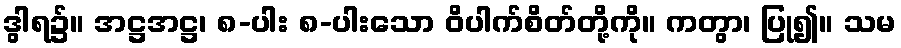
ဒွါရ၌။ အဋ္ဌအဋ္ဌ၊ ၈-ပါး ၈-ပါးသော ဝိပါက်စိတ်တို့ကို။ ကတွာ၊ ပြု၍။ သမ